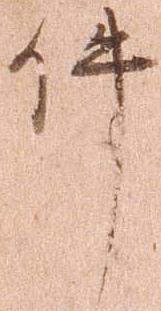
件